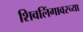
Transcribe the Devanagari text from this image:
शिवलिंगावरच्या